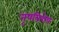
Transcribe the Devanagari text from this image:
नृपविशेष